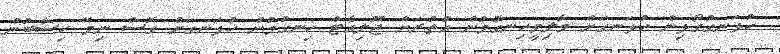
ހުޅަނގުގޯޅިން ހުޅަނގަށް މާލިމީހިނގުމުން އުތުރަށް ޖޫލިއެޓް ހިނގުމުން ހުޅަނގަށް ގޮސް ނިމޭ ހިސާބުން